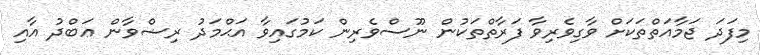
މިފަދަ ޖަމާއަތްތަކަށް ވާގިވެރިވާ ފަރާތްތަކުން ނޫސްވެރިން ކަމުގައިވާ އަޙްމަދު ރިޟްވާން ޢަބްދު އާއި